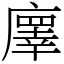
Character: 𢋇